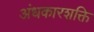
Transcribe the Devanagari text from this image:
अंधकारशक्ति